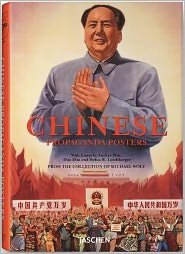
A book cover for Chinese Propaganda Posters; Anchee Min; Crafts, Hobbies & Home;